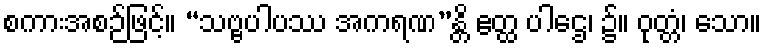
စကားအစဉ်ဖြင့်။ “သဗ္ဗပါပဿ အကရဏ”န္တိ ဧတ္ထ ပါဌေ၊ ၌။ ဝုတ္တံ၊ သော။